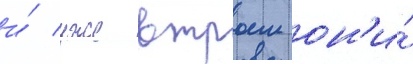
и́ уже втроем он'и́